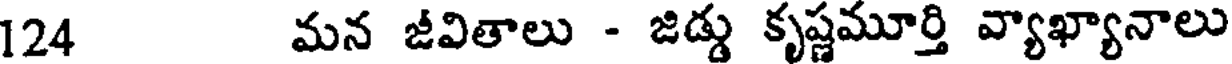
124 మన జీవితాలు - జిడ్డు కృష్ణమూర్తి వ్యాఖ్యానాలు